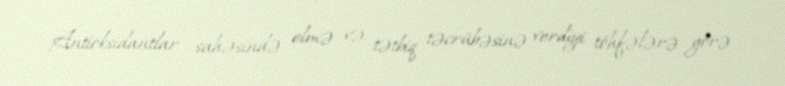
Antioksidantlar sahəsində elmə və tətbiq təcrübəsinə verdiyi töhfələrə görə